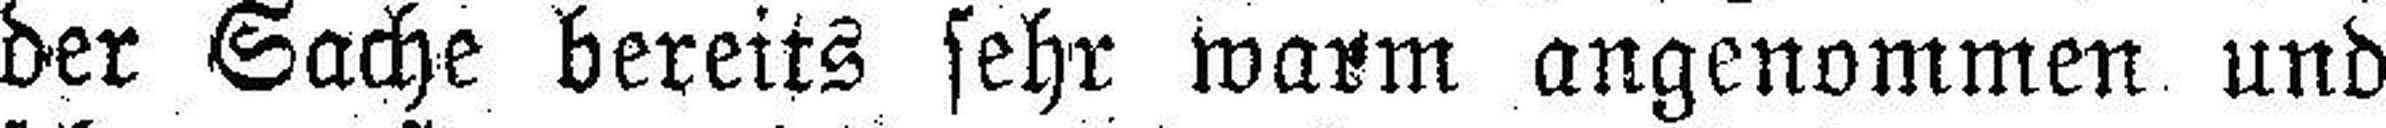
der Sache bereits sehr warm angenommen und